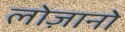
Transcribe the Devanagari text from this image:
लोज़ानो